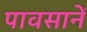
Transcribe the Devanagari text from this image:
पावसानें